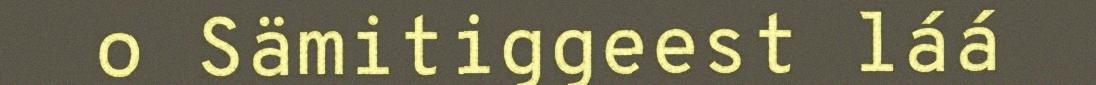
o Sämitiggeest láá